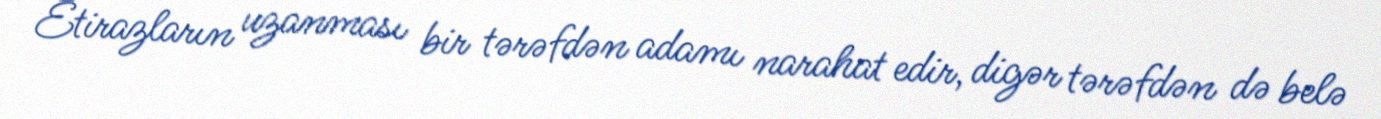
Etirazların uzanması bir tərəfdən adamı narahat edir, digər tərəfdən də belə